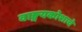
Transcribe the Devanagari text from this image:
वाङ्मयकोशाचे